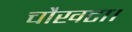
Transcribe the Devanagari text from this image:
चौखटा।